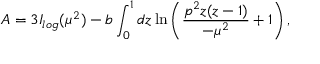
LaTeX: { \cal { A } } = 3 I _ { l o g } ( \mu ^ { 2 } ) - b \int _ { 0 } ^ { 1 } d z \ln \Bigg ( \frac { p ^ { 2 } z ( z - 1 ) } { - \mu ^ { 2 } } + 1 \Bigg ) \, ,